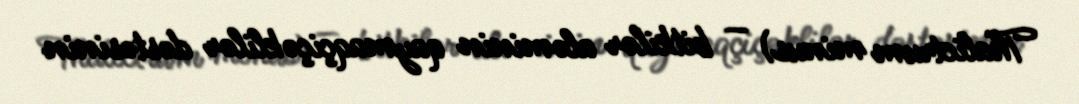
Thalictrum minus) — bitkilər aləminin qaymaqçiçəklilər dəstəsinin